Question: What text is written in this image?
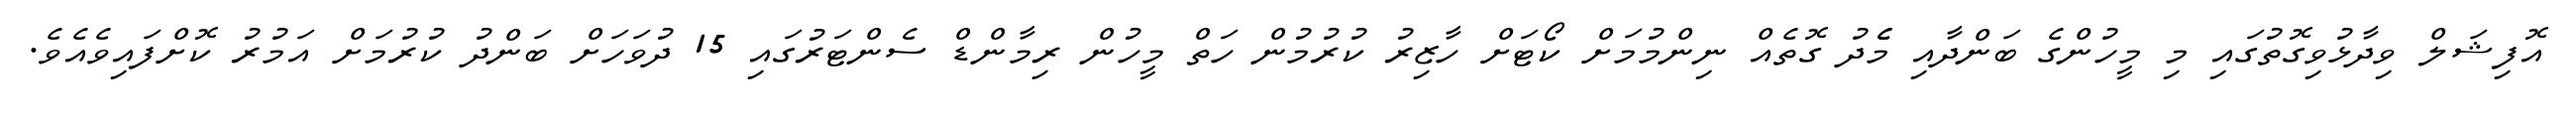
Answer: އޮފިޝަލް ވިދާޅުވިގޮތުގައި މި މީހުންގެ ބަންދާއި މެެދު ގޮތެއް ނިންމުމަށް ކޯޓަށް ހާޒިރު ކުރުމުން ހަތް މީހުން ރިމާންޑް ސެންޓަރުގައި 15 ދުވަހަށް ބަންދު ކުރުމަށް އަމުރު ކޮށްފައިވެއެވެ.